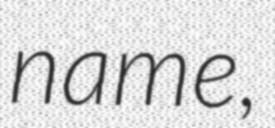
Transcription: name,